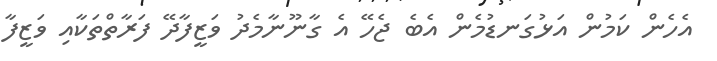
އެހެން ކަމުން އަޅުގަނޑުމެން އެބެ ޖެހޭ އެ ގާނޫނާމެދު ވަޒީފާދޭ ފަރާތްތަކާއި ވަޒީފާ